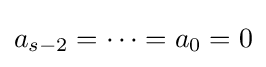
a_{s-2}=\cdots =a_{0}=0